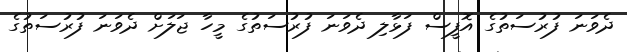
ދެވަނަ ފުރުސަތުގެ އޮފީސް ފަޅާލި ދެވަނަ ފުރުސަތުގެ މީހާ ޖަލަށް ދެވަނަ ފުރުސަތުގެ